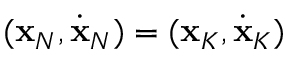
( { \bf x } _ { N } , \dot { \bf x } _ { N } ) = ( { \bf x } _ { K } , \dot { \bf x } _ { K } )